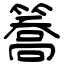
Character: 簥